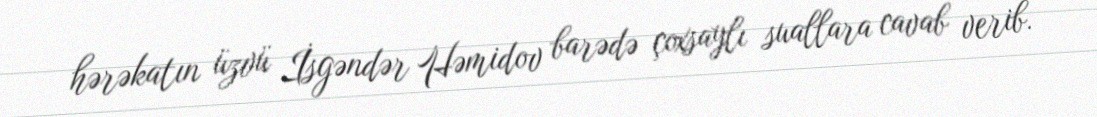
hərəkatın üzvü İsgəndər Həmidov barədə çoxsaylı suallara cavab verib.